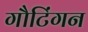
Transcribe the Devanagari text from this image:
गौटिंगन